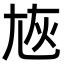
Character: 㞀